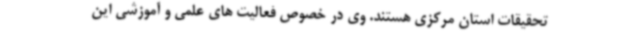
تحقیقات استان مرکزی هستند. وی در خصوص فعالیت های علمی و آموزشی این